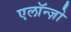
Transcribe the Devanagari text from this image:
एलॉन्ज़ो